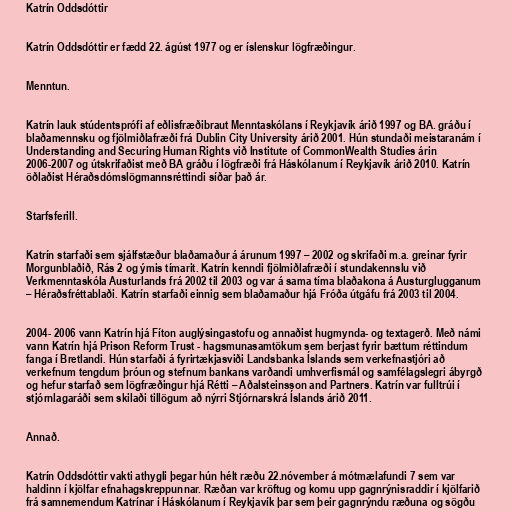
Katrín Oddsdóttir

Katrín Oddsdóttir er fædd 22. ágúst 1977 og er íslenskur lögfræðingur.

Menntun.

Katrín lauk stúdentsprófi af eðlisfræðibraut Menntaskólans í Reykjavík árið 1997 og BA. gráðu í
blaðamennsku og fjölmiðlafræði frá Dublin City University árið 2001. Hún stundaði meistaranám í
Understanding and Securing Human Rights við Institute of CommonWealth Studies árin
2006-2007 og útskrifaðist með BA gráðu í lögfræði frá Háskólanum í Reykjavík árið 2010. Katrín
öðlaðist Héraðsdómslögmannsréttindi síðar það ár.

Starfsferill.

Katrín starfaði sem sjálfstæður blaðamaður á árunum 1997 – 2002 og skrifaði m.a. greinar fyrir
Morgunblaðið, Rás 2 og ýmis tímarit. Katrín kenndi fjölmiðlafræði í stundakennslu við
Verkmenntaskóla Austurlands frá 2002 til 2003 og var á sama tíma blaðakona á Austurglugganum
– Héraðsfréttablaði. Katrín starfaði einnig sem blaðamaður hjá Fróða útgáfu frá 2003 til 2004.

2004- 2006 vann Katrín hjá Fíton auglýsingastofu og annaðist hugmynda- og textagerð. Með námi
vann Katrín hjá Prison Reform Trust - hagsmunasamtökum sem berjast fyrir bættum réttindum
fanga í Bretlandi. Hún starfaði á fyrirtækjasviði Landsbanka Íslands sem verkefnastjóri að
verkefnum tengdum þróun og stefnum bankans varðandi umhverfismál og samfélagslegri ábyrgð
og hefur starfað sem lögfræðingur hjá Rétti – Aðalsteinsson and Partners. Katrín var fulltrúi í
stjórnlagaráði sem skilaði tillögum að nýrri Stjórnarskrá Íslands árið 2011.

Annað.

Katrín Oddsdóttir vakti athygli þegar hún hélt ræðu 22.nóvember á mótmælafundi 7 sem var
haldinn í kjölfar efnahagskreppunnar. Ræðan var kröftug og komu upp gagnrýnisraddir í kjölfarið
frá samnemendum Katrínar í Háskólanum í Reykjavík þar sem þeir gagnrýndu ræðuna og sögðu